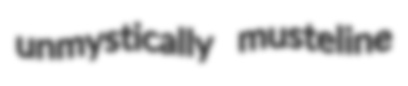
unmystically musteline